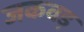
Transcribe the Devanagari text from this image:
जकवड़